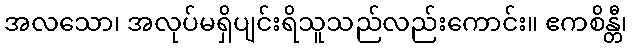
အလသော၊ အလုပ်မရှိပျင်းရိသူသည်လည်းကောင်း။ ဧကစိန္တီ၊